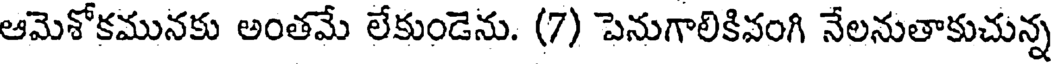
ఆమెశోకమునకు అంతమే లేకుండెను. (7) పెనుగాలికివంగి నేలనుతాకుచున్న